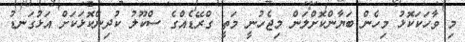
މި ވާހަކަކޮޅު މިހެން ބަޔާންކޮށްލަން މިޖެހުނީ މަތީ ގްރޭޑެއްގެ ސްކޫލު ކުދިންކޮޅަކަށް އަޅުގަނޑު